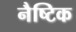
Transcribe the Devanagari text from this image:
नैष्टिक